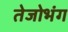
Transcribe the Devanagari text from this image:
तेजोभंग